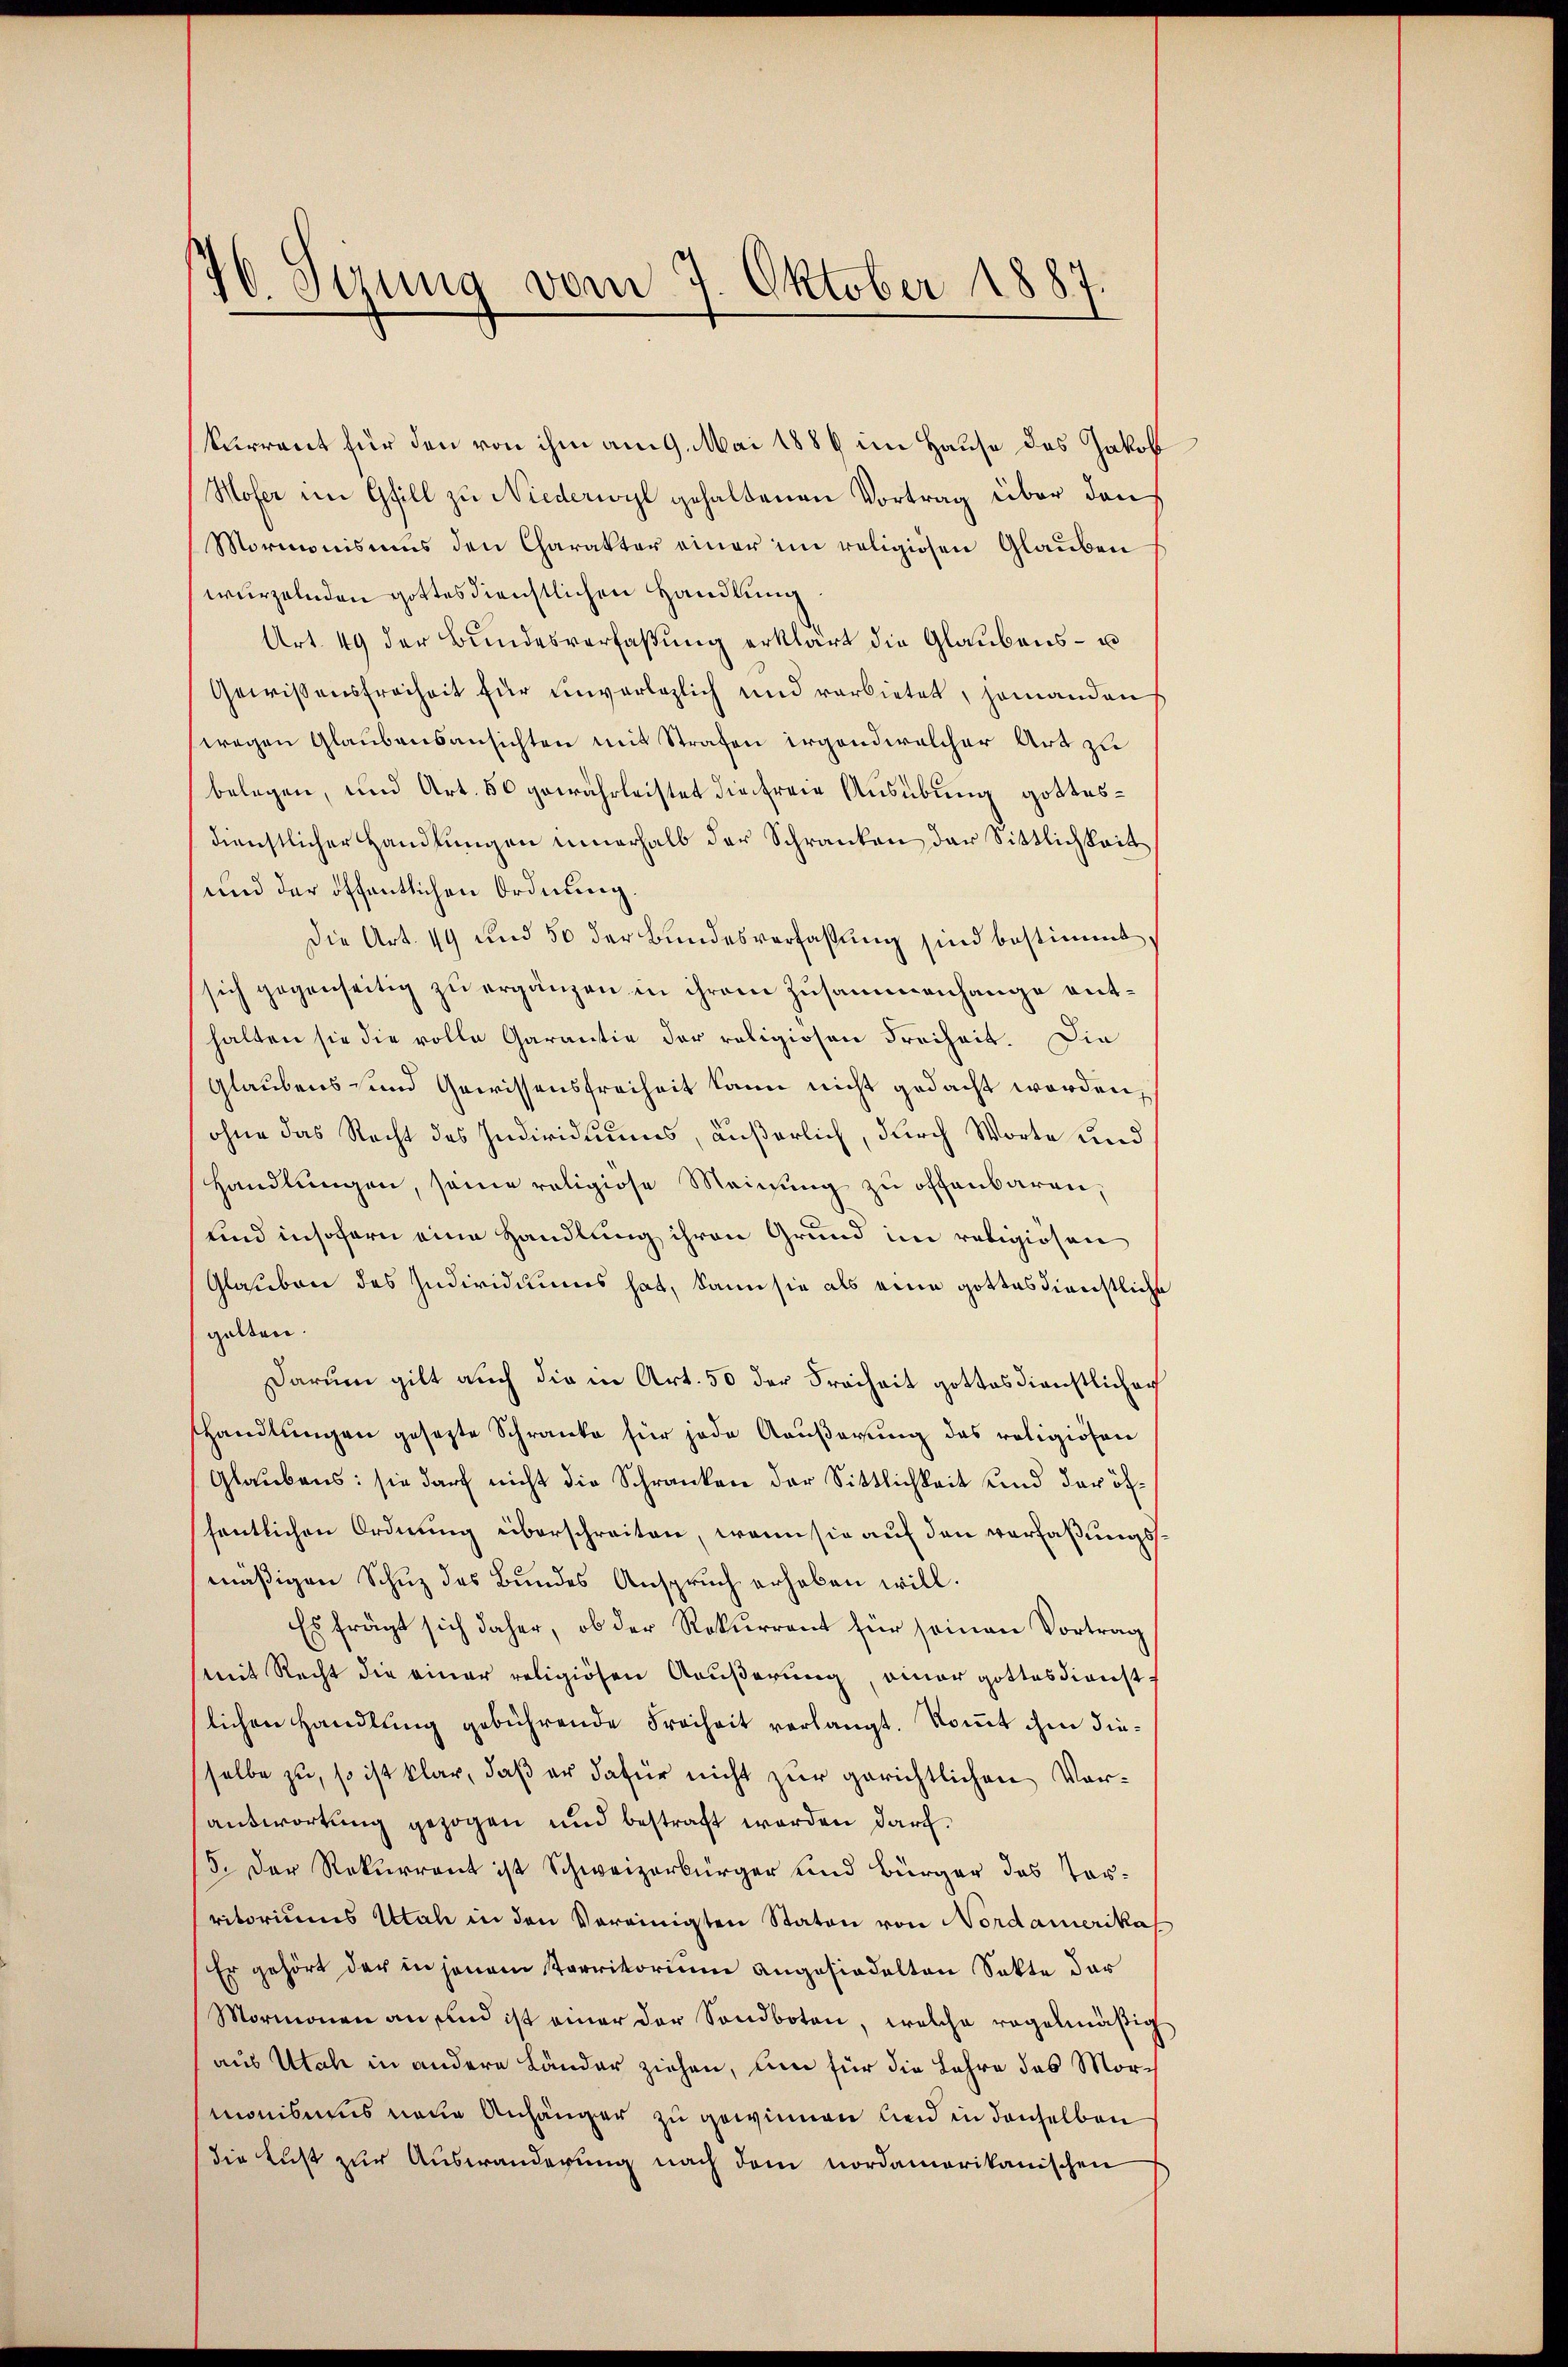
20. Stung vom 7. Oktober 1887.

kurrent für den von ihm am 9. Mai 1889 im Hause des Jakob
Hofer im Gfill zu Niederwyl gehaltenen Vortrag über den
Mormonismus den Charakter einer im religiösen Glauben
wurzelnden gottesdienstlichen Handlung
Art. 49 der Bŭndesverfaβŭng erklärt die Glaubens- u
Gewissensfreiheit für einverleglich und verbietet, jemanden
wegen Glaubensansichten mit Strafen irgendwelcher Art zu
belegen, und Art. 50 gewährleistet die freie Ausübung gottesdienstlicher Handlŭngen innerhalb der Schranken der Sittlichkeit
und der öffentlichen Ordnung.
Die Art. 19 und 50 der Bundesverfassung sind bestimmt,
sich gegenseitig zu ergänzen in ihrem Zusammenhange enthalten sie die volle Garantie der religiosen Freiheit. Die
glaubens und Gewissensfreiheit kann nicht gedacht worden,
ohne das Recht des Individuums, äußerlich, durch Worte und
Handlungen, seine religiose Meinung zu offenbaren,
und insofern eine Handlung ihren Grund im religiösen
Glauben des Individuums hat, kann sie als eine gottesdienstliche
gelten
Darum gilt auch die in Art. 50 der Freiheit gottesdienstlichen
handlungen gesetzte Schranke für jede Aaußerung des religiösen
Glaubens: sie darf nicht die Schranken der Sittlichkeit und der öffentlichen Ordnung überschreiten, wenn sie auf den verfaßungsmäßigen Schuz des Bundes Anspruch erhoben will.
Es frägt sich daher, ob der Rekurrent für seinen Vortrag
(mit Recht die einer religiösen Außerung, einer gottesdienst
lichen Handlung gebührende Freiheit verlangt. Kommt ihm dieselbe zu, so ist klar, daß er dafür nicht zur gerichtlichen Vorantwortung gezogen und bestraft worden darf.
5. Der Rekurrent ist Schweizerbürger und Bürger das Torritoriums Utah in den Vereinigten Staton von Nordamerika
Er gehört der in jenem Perritorium angesiedelten Sekte der
Mormonen an und ist einer der Sandboten, welche regelmäßig
aus Utah in andere Länder ziehen, um für die Lehre des Mormonisums neue Anhänger zu gewinnen leid in denselben
die Lust zur Auswanderung nach dem nordamerikanischen